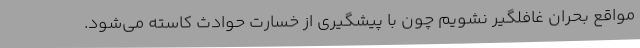
مواقع بحران غافلگیر نشویم چون با پیشگیری از خسارت حوادث کاسته می‌شود.